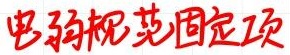
电磁规范固定项